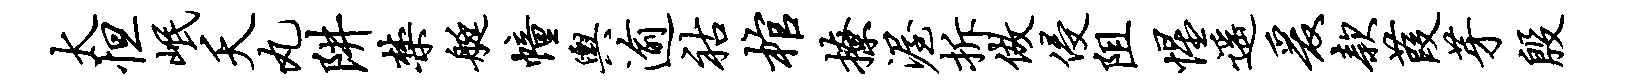
太怛岷夭丸阱禁艇幢舆逾祜棺撩渥拆做侵阻惺遥爰款葭芽殷